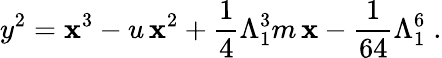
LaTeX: y^{2}=\mathbf{x}^{3}-u\, \mathbf{x}^{2}+\frac{{1}}{{4}}\Lambda_{1}^{3}m\, \mathbf{x}-\frac{{1}}{{64}}\Lambda_{1}^{6}\; .